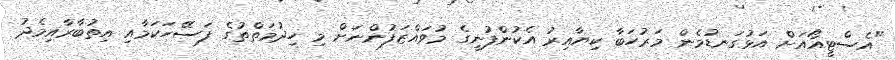
"އެސްޓީއޯއަށް އަޅުގަނޑުމެން މަރުހަބާ ކިޔާއިރު އެކުންފުނީގެ މުވައްޒަފުންނަށް މި ހިދުމަތްތުގެ ފަސޭހަކަމާއި އިތުބާރާއިމެދު